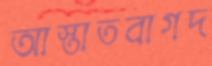
আস্তাতবাগদ